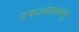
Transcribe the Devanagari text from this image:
एफओडबल्यू